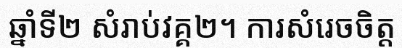
ឆ្នាំទី២ សំរាប់វគ្គ២។ ការសំរេចចិត្ត